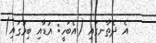
އެ ދެތާނގައި (އެބަހީ: އުޑާއި ބިމުގައި)